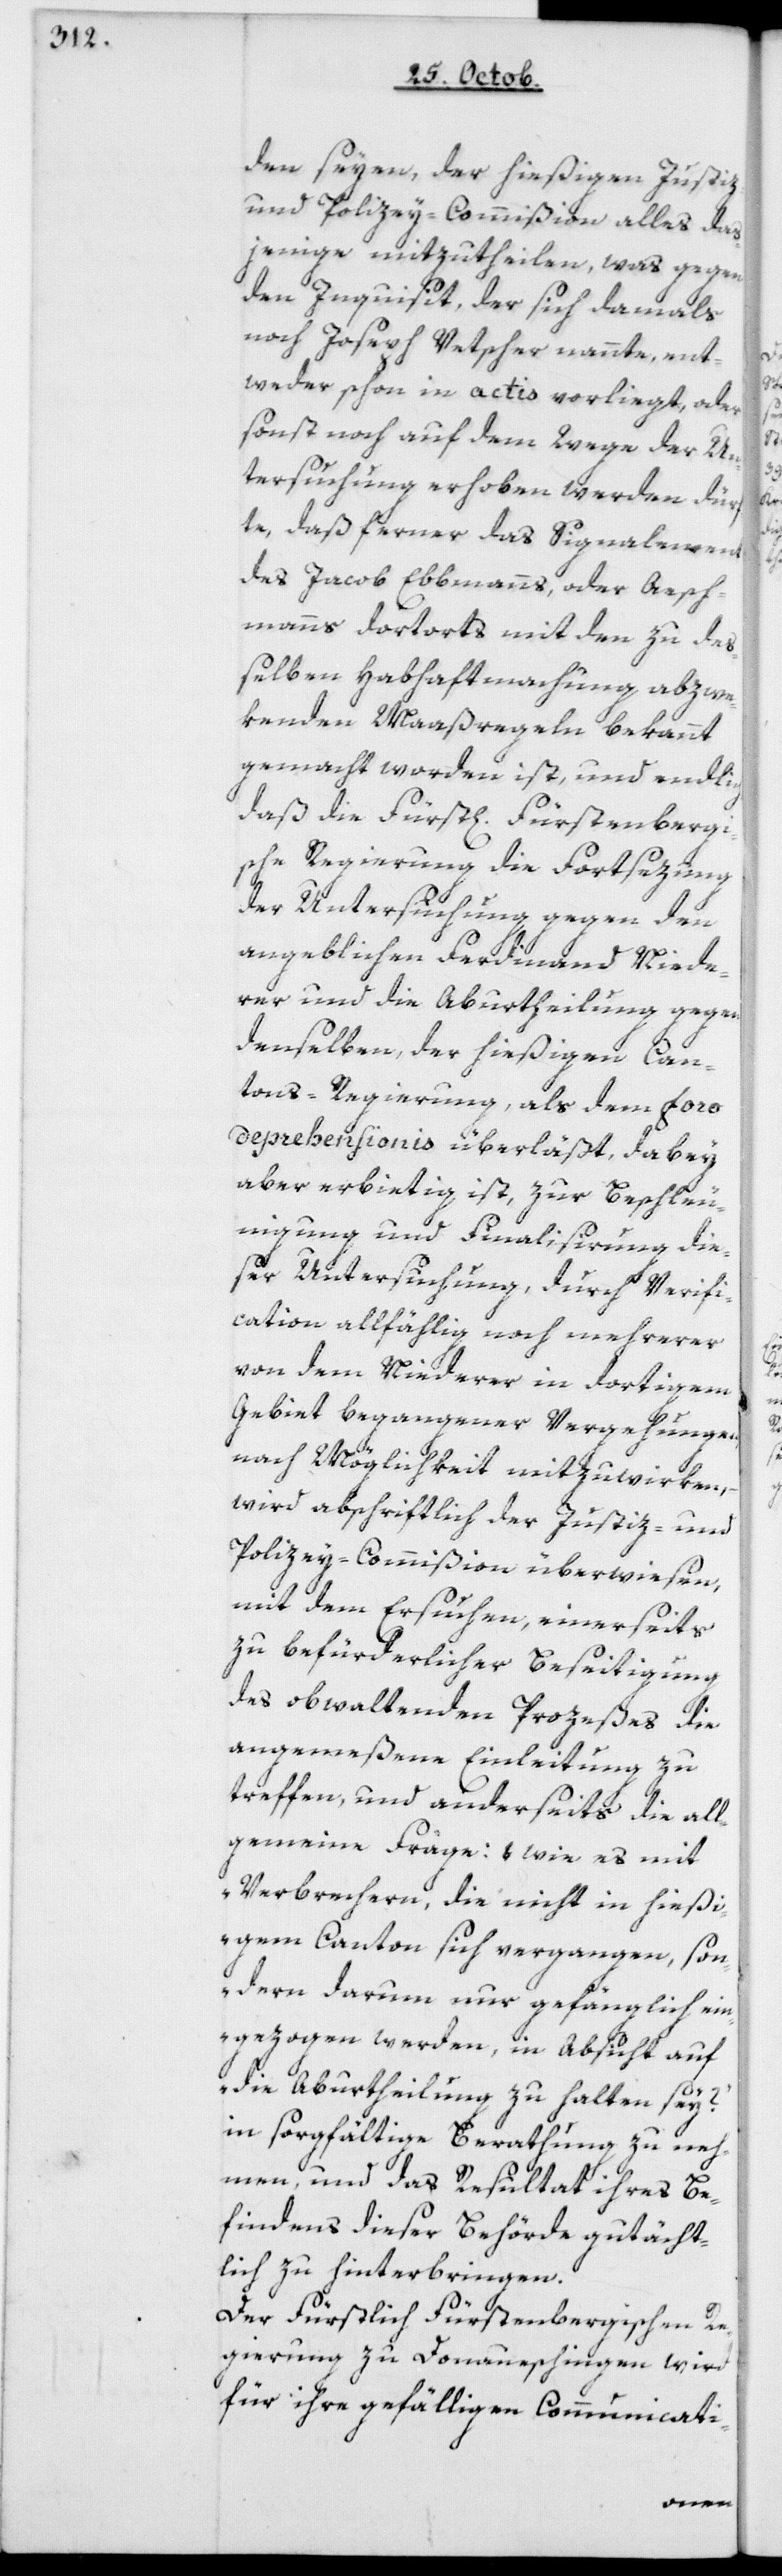
den seyen, der hießigen Justiz-
und Policey-Commißion alles das¬
jenige mizutheilen, was gegen
den Inquisit, der sich damals
noch Joseph Vetscher nannte, ent¬
weder schon in actis vorliegt, oder
sonst noch auf dem Wege der Un¬
tersuchung erhoben werden dür¬
fte, daß ferner das Signalement
des Jacob Ebbmanns oder Aesch¬
manns dort Orts mit den zu de¬
ßelben Habhaftmachung abzwe¬
kenden Maaßregeln bekannt
gemacht worden ist, und endlich,
daß die fürstlich fürstenbergi¬
sche Regierung die Forstsezung
der Untersuchung gegen den
angeblichen Ferdinand Niede¬
rer und die Aburtheilung gegen
denselben, der hießigen Can¬
tons-Regierung, als dem foro
deprehensionis überläßt, dabey
aber erbietig ist, zur Beschleu¬
nigung und Finalisierung die¬
ser Untersuchung, durch Verifi¬
cation allfällig noch mehrerer
von dem Niederer in dortigem
Gebiet begangener Vergehungen,
nach Möglichkeit mitzuwirken,
wird abschriftlich der Justiz- und
Policey-Commißion überwiesen,
mit dem Ersuchen, einerseits
zu befürderlicher Beseitigung
des obwaltenden Prozeßes die
angemeßene Einleitung zu
treffen, und anderseits die all¬
gemeine Frage: „wie es mit
Verbrechern, die nicht in hießi¬
gem Canton sich vergangen, son¬
dern darum nur gefänglich ein¬
gezogen werden, in Absicht auf
die Aburtheilung zu halten sey?“
in sorgfältige Berathung zu neh¬
men, und das Resultat ihres Be¬
findens dieser Behörde gutächt¬
lich zu hinterbringen.
Der Fürstlich Fürstenbergischen Re¬
gierung zu Donaueschingen wird
für ihre gefälligen Communicati-